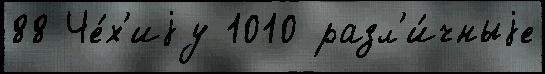
88 Че́х'иjу 1010 разл'и́чныjе